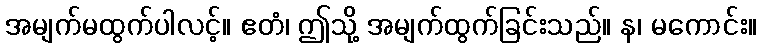
အမျက်မထွက်ပါလင့်။ ဧတံ၊ ဤသို့ အမျက်ထွက်ခြင်းသည်။ န၊ မကောင်း။